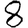
Digit: 8